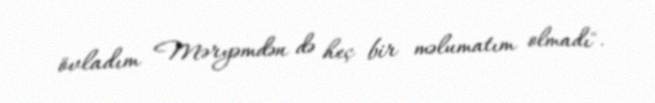
övladım Məryəmdən də heç bir məlumatım olmadı".